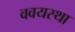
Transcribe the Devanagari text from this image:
ववयस्था